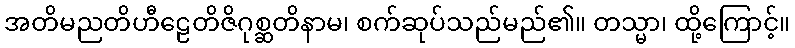
အတိမညတိဟီဠေတိဇိဂုစ္ဆတိနာမ၊ စက်ဆုပ်သည်မည်၏။ တသ္မာ၊ ထို့ကြောင့်။